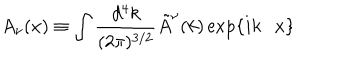
A _ { \nu } ( x ) \equiv \int { \frac { d ^ { 4 } k } { ( 2 \pi ) ^ { 3 / 2 } } } \tilde { A } ^ { \nu } ( k ) \exp \{ i k \cdot x \} \,